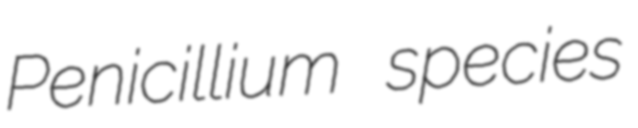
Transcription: Penicillium species